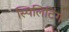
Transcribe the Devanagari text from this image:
स्पिलिटिंग